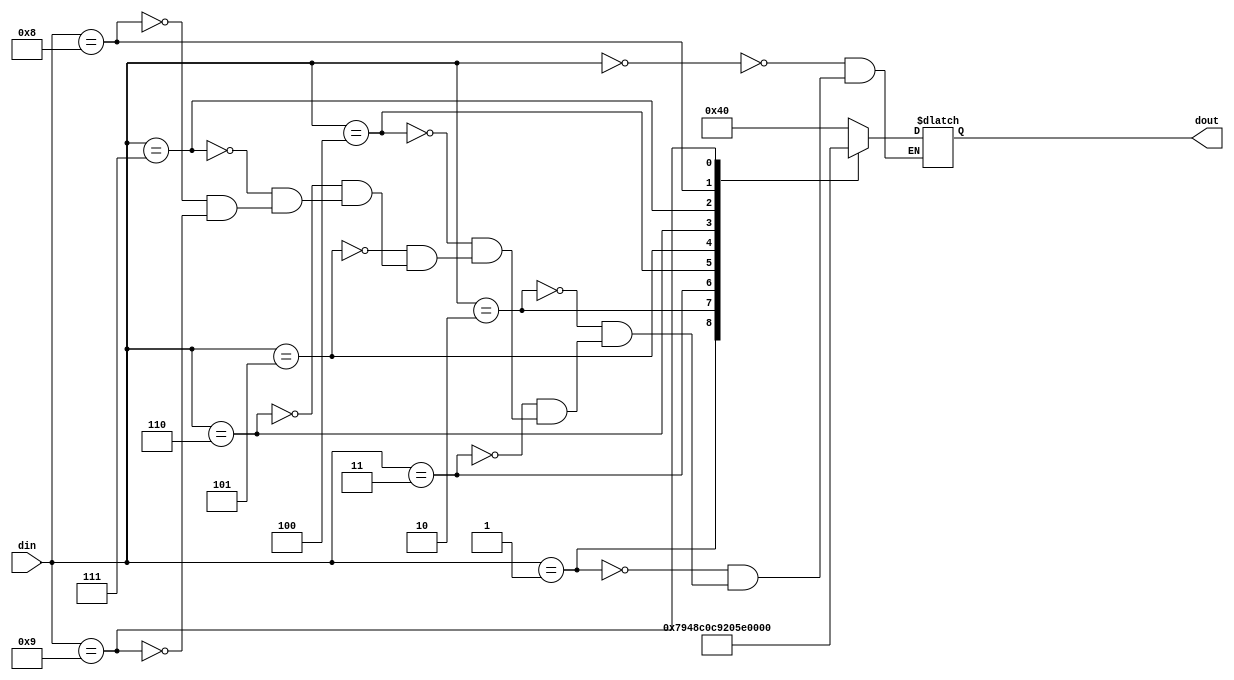
module decoder(din, dout);
input [3:0] din;
output reg [6:0] dout;

always@(din)
case(din)
4'd0:dout<=7'b1000000;
4'd1:dout<=7'b1111001;
4'd2:dout<=7'b0100100;
4'd3:dout<=7'b0110000;
4'd4:dout<=7'b0011001;
4'd5:dout<=7'b0010010;
4'd6:dout<=7'b0000010;
4'd7:dout<=7'b1111000;
4'd8:dout<=7'b0000000;
4'd9:dout<=7'b0011000;
endcase

endmodule